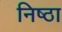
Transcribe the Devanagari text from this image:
निष्‍ठा